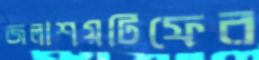
জলাশয়টিফের